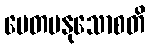
ပေတမနုသောစတိ